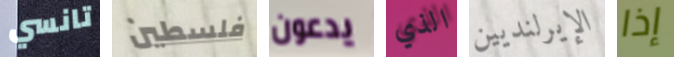
تانسي فلسطين يدعون الذي الإيرلنديين إذا